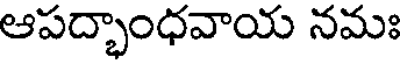
ఆపద్భాంధవాయ నమః